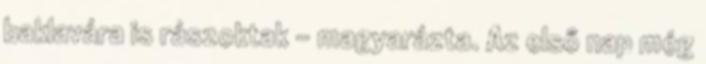
baklavára is rászoktak - magyarázta. Az első nap még